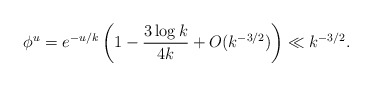
\begin{align*}\phi^u=e^{-u/k}\left( 1-\frac{3\log k}{4k}+O(k^{-3/2})\right) \ll k^{-3/2}.\end{align*}